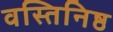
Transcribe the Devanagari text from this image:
वस्तिनिष्ठ